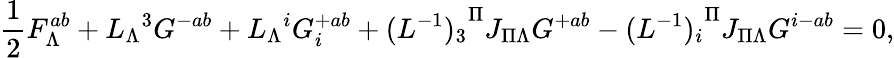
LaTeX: {\frac{1}{2}}F_{\Lambda}^{ab}+{L_{\Lambda}}^{3}G^{-ab}+{L_{\Lambda}}^{i}G_{i}^{+ab}+{(L^{-1})_{3}}^{\Pi}J_{\Pi\Lambda}G^{+ab}-{(L^{-1})_{i}}^{\Pi}J_{\Pi\Lambda}G^{i-ab}=0,